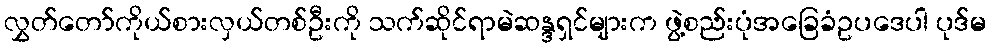
လွှတ်တော်ကိုယ်စားလှယ်တစ်ဦးကို သက်ဆိုင်ရာမဲဆန္ဒရှင်များက ဖွဲ့စည်းပုံအခြေခံဥပဒေပါ ပုဒ်မ